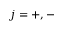
j = + , -